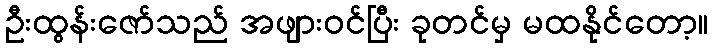
ဦးထွန်းဇော်သည် အဖျားဝင်ပြီး ခုတင်မှ မထနိုင်တော့။